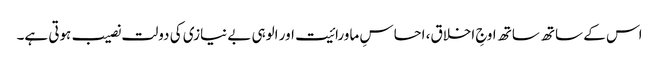
اس کے ساتھ ساتھ اوجِ اخلاق، احساسِ ماورائیت اور الوہی بے نیازی کی دولت نصیب ہوتی ہے۔